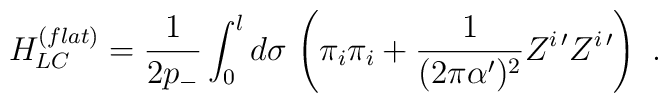
H_{LC}^{(flat)} =    \frac{1}{2 p_-}\int_0^l d\sigma \, \left(    \pi_i \pi_i +    \frac{1}{(2\pi\alpha')^2}    Z^{i\,\prime} Z^{i\,\prime}                     \right)\ .